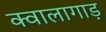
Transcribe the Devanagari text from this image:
क्वालागाड़